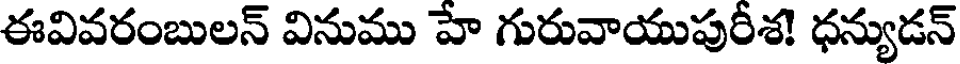
ఈవివరంబులన్ వినుము హే గురువాయుపురీశ! ధన్యుడన్